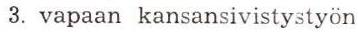
3. vapaan kansansivistystyön